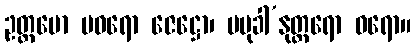
ဥတ္တမော ပဝရော ဇေဋ္ဌော၊ ပမုခါ’နုတ္တရော ဝရော။